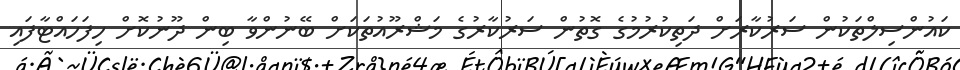
ކައުންސިލްތަކުން ސަރުކާރަށް ދަތިކުރުމުގެ ގޮތުން ސަރުކާރުގެ މަޝްރޫއުތަކަށް ބޭނުންވާ ބިން ދޫނުކޮށް ހިފަހައްޓާފައި